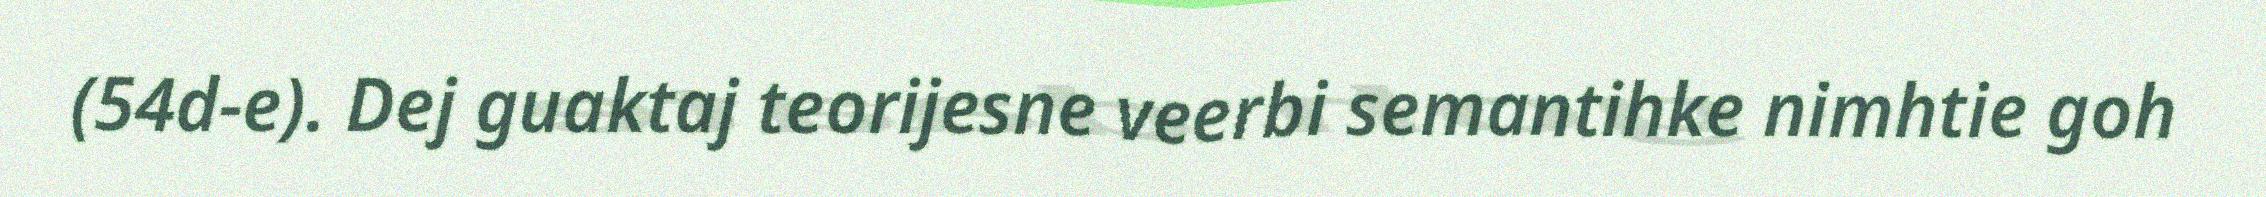
(54d-e). Dej guaktaj teorijesne veerbi semantihke nimhtie goh